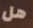
هل